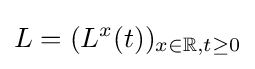
L=(L^{x}(t))_{x\in \mathbb {R} ,t\geq 0}